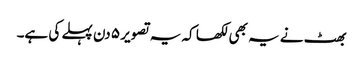
بھٹ نے یہ بھی لکھا کہ یہ تصویر ٥ دن پہلے کی ہے۔